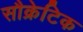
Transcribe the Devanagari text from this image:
सौक्रेटिक